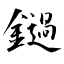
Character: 鐹